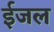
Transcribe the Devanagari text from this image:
ईजल